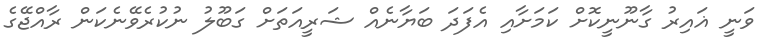
ވަނީ ޣައިރު ގާނޫނީކޮށް ކަމަށާއި އެފަދަ ބަޔާނެއް ޝަރީއަތަށް ގަބޫލު ނުކުރެވޭނެކަން ރާއްޖޭގެ